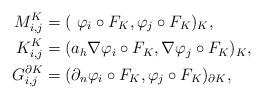
LaTeX: \begin{align*} M_{i,j}^{K} & = ( ~\varphi_i \circ F_K, \varphi_j \circ F_K)_K, \\ K_{i,j}^{K} & = ( a_h \nabla \varphi_i \circ F_K, \nabla \varphi_j \circ F_K)_K,\\ G_{i,j}^{\partial K} & = (\partial_n \varphi_i \circ F_K, \varphi_j \circ F_K)_{\partial K},\\ \end{align*}